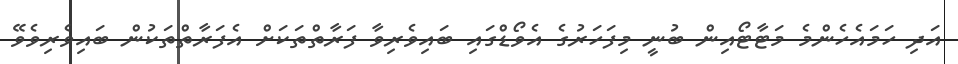
އަދި ހަމައެހެންމެ މަޓާޓޯއިން ބުނީ މިފަހަރުގެ އެވޯޑްގައި ބައިވެރިވާ ފަރާތްތަކަށް އެފަރާތްތަކުން ބައިވެރިވެވޭ